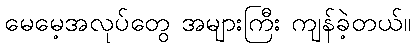
မေမေ့အလုပ်တွေ အများကြီး ကျန်ခဲ့တယ်။